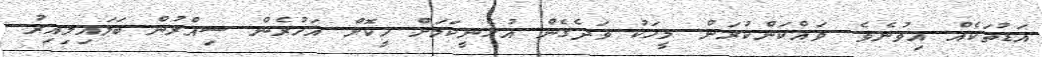
އަޑުތަކެއް އިވުނެވެ. ވައްކަންކުރަން މީހަކު ވަދެގެން އުޅެނީކަމަށް ހީކޮށް އަހުރެން ސިއްރުން ބަލައިލިއިރު